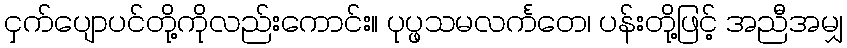
ငှက်ပျောပင်တို့ကိုလည်းကောင်း။ ပုပ္ဖသမလင်္ကတေ၊ ပန်းတို့ဖြင့် အညီအမျှ